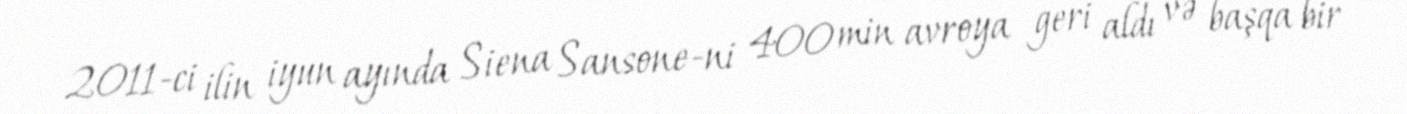
2011-ci ilin iyun ayında Siena Sansone-ni 400 min avroya geri aldı və başqa bir